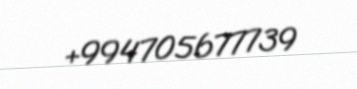
+994705677739